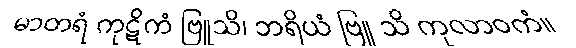
မာတရံ ကုဋိကံ ဗြူသိ၊ ဘရိယံ ဗြူ သိ ကုလာဝကံ။